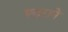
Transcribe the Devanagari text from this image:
फ्हराने